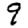
Digit: 9